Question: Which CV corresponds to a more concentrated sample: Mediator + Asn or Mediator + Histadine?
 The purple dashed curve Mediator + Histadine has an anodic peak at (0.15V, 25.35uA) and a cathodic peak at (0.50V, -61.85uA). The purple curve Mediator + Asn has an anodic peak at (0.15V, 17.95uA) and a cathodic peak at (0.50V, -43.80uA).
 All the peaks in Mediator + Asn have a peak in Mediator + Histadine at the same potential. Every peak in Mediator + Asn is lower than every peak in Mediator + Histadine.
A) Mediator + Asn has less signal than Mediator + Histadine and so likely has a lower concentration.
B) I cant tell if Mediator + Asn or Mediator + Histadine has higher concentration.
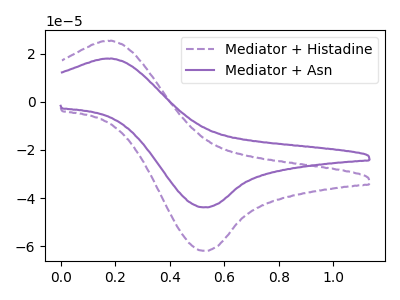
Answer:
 <answer>A) "Mediator + Asn" has less signal than "Mediator + Histadine" and so likely has a lower concentration.</answer>
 <eval>A</eval>